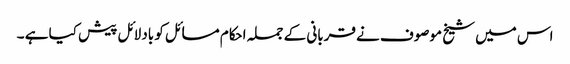
اس میں شیخ موصوف نے قربانی کے جملہ احکام مسائل کو بادلائل پیش کیا ہے ۔